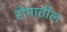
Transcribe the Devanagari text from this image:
रोमातील